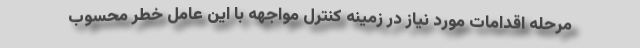
مرحله اقدامات مورد نیاز در زمینه کنترل مواجهه با این عامل خطر محسوب